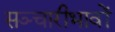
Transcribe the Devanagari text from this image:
सञ्चारीभावों